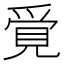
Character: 𧠳